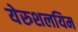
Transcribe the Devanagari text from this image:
येरुशलयिम